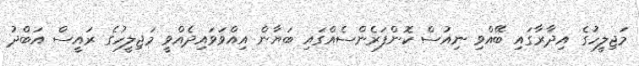
މަޖިލީހުގެ އިދާރާގައި ބޭއްވި ނިއުސް ކޮންފަރެންސެއްގައި ބަޔާން އިއްވަވައިދެއްވީ މަޖިލީހުގެ ރައީސް އަބްދު